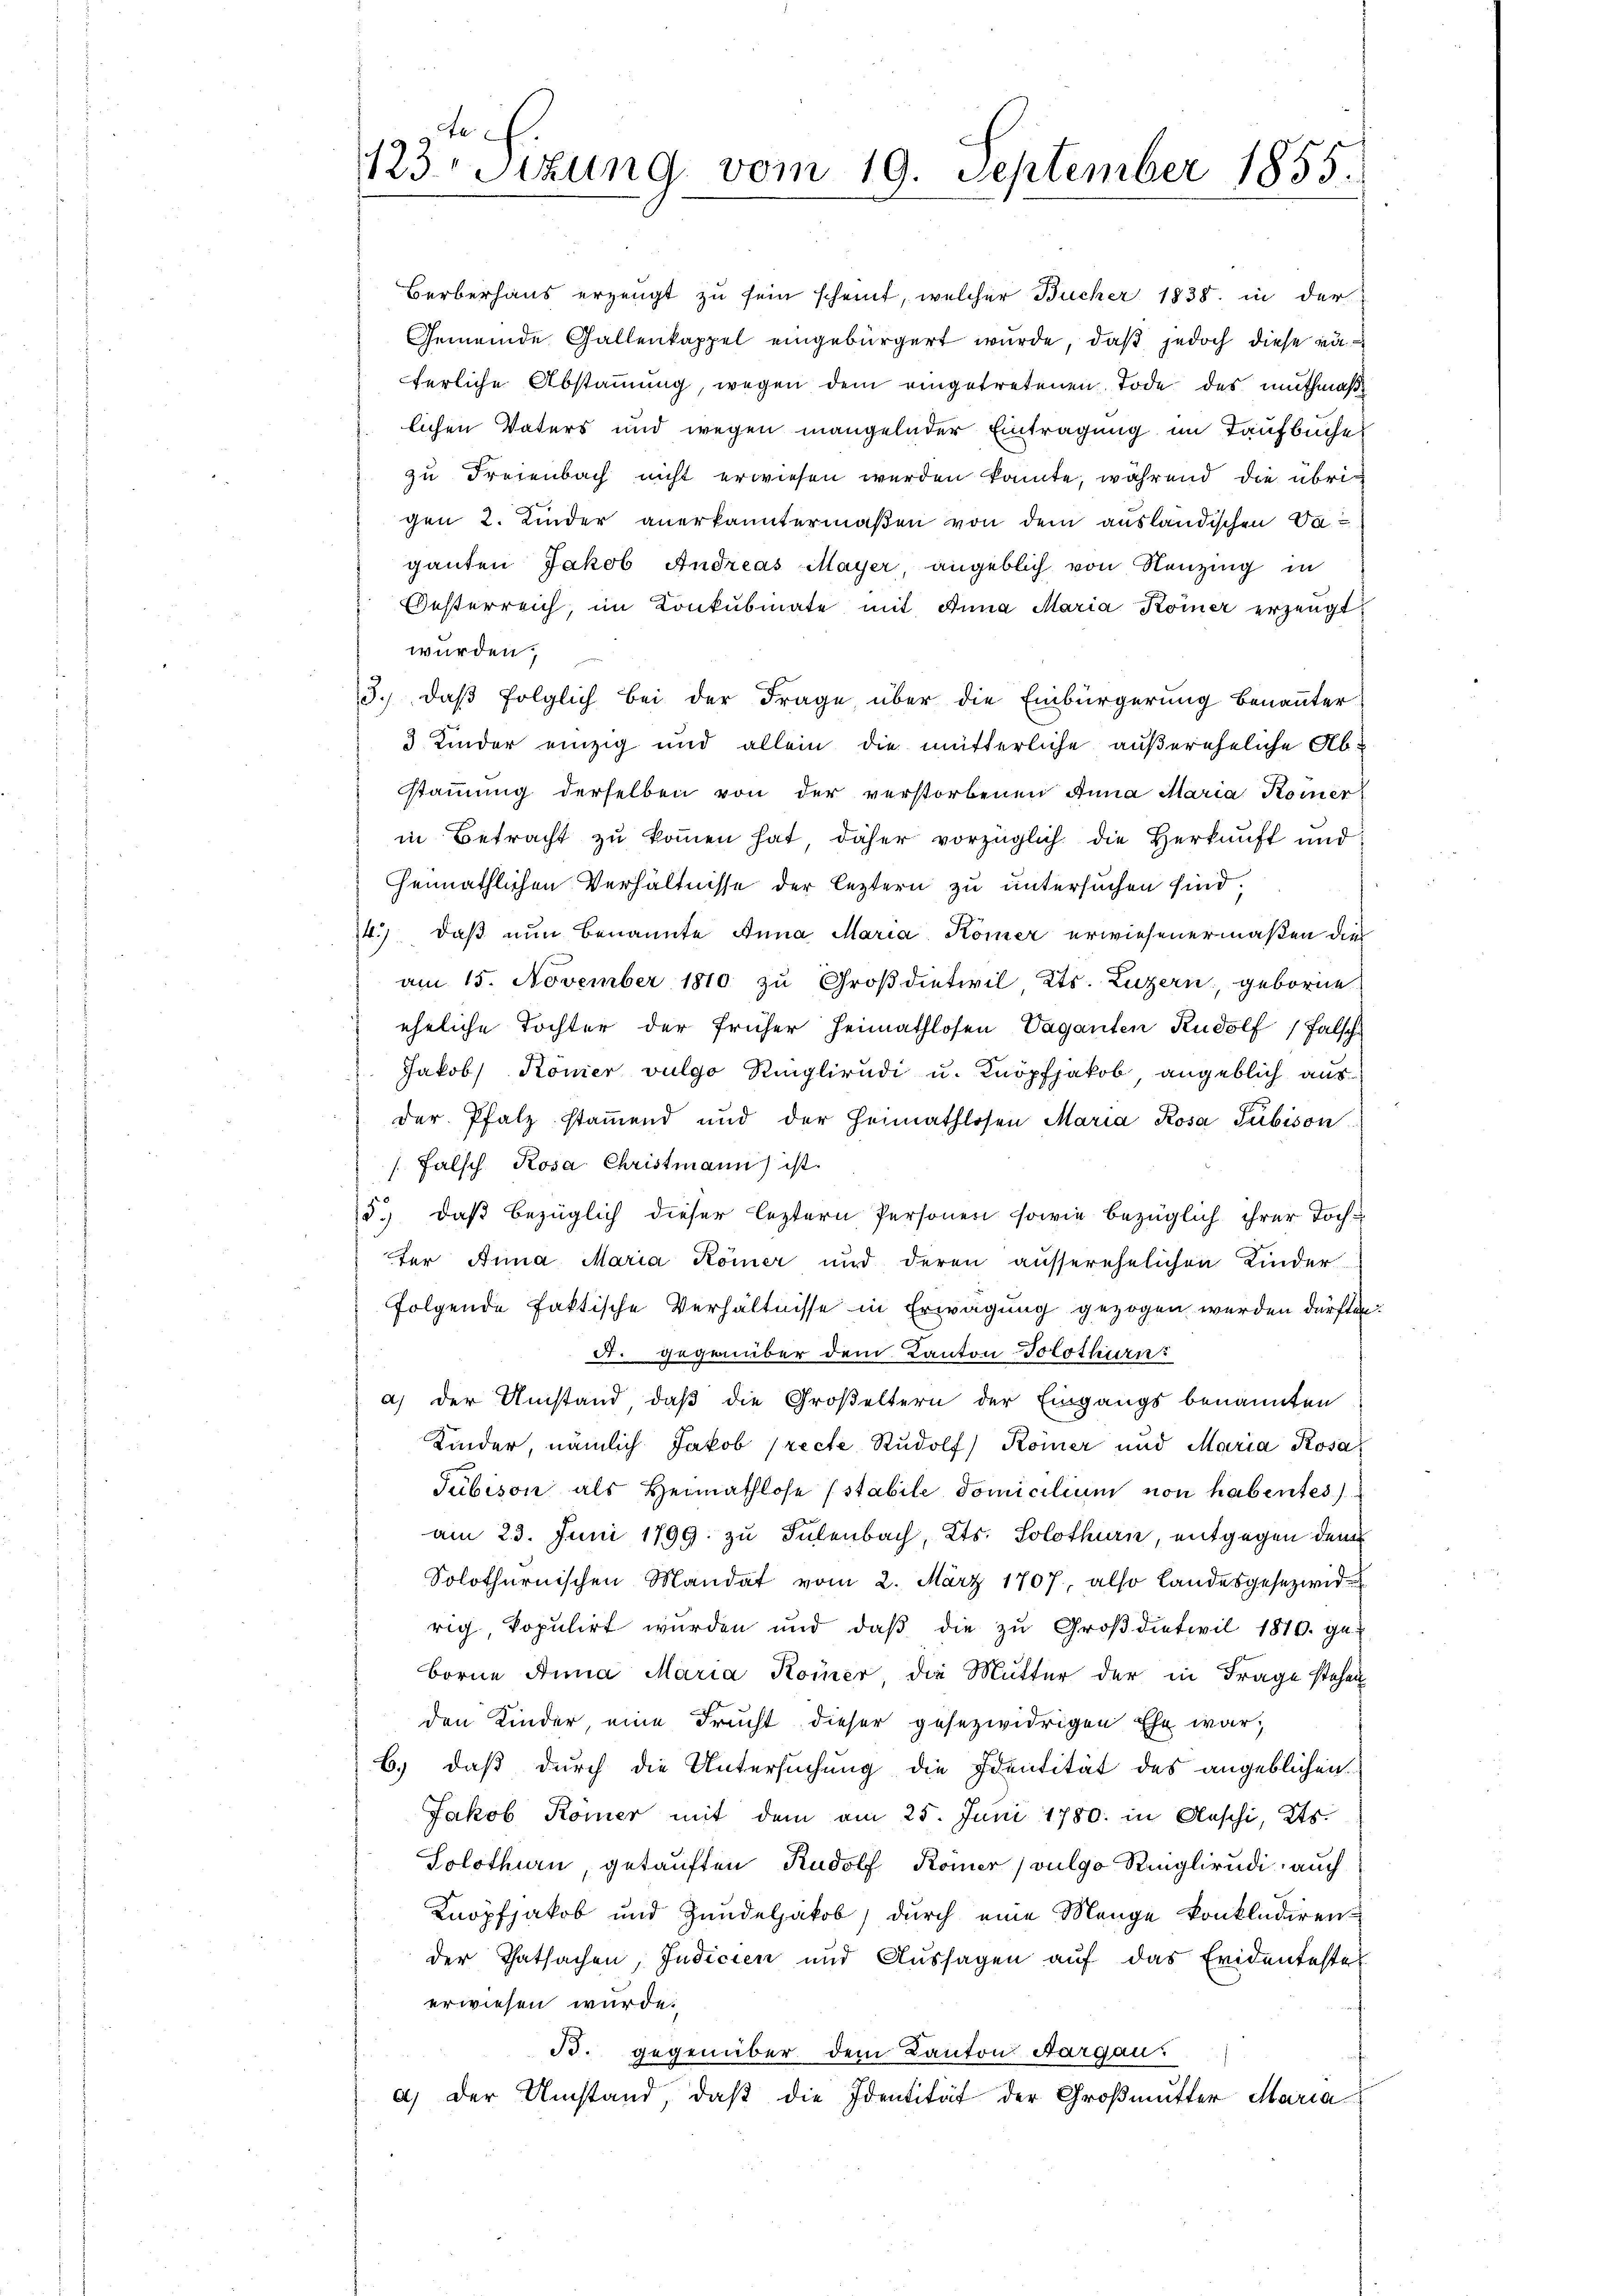
Berberhaus erzeugt zu sein scheint, welcher Bucher 1838. in der
Gemeinde Gallenkappel eingebürgert wurde, daß jedoch diese väferliche Abstammung, wegen dem eingetretenen Tode des muthmaßlichen Vaters und wegen mangelnder Eintragung im Taufbuche
zu Freienbach nicht erwiesen werden könnte, während die übrigen 2. Kinder anerkanntermaßen von dem ausländischen Vaganten Jakob Andreas Mayer angeblich von Neuzing in
Besterreich, im Konkubinate mit Anna Maria Koiner erzeugt
wurden;
3.) Daß folglich bei der Frage über die Einbürgerung benannter
3 Kinder einzig und allein die mütterliche außereheliche Abstammung derselben von der verstorbenen Anna Maria Komer
in Betracht zu kommen hat, daher vorzüglich die Herkunft und
heimathlichen Verhältnisse der leztern zu untersuchen sind.
4.) daß nun benannte Anna Maria Kömer erwiesenermaßen dies
am 15. November 1810 zu Großdietwil Kts. Luzern, geborne
eheliche Tochter der früher Heimathlosen Vaganten Rudolf / falsch
Jakob Komer vulgo Ringlirudi u. Knopfjakob, angeblich ausder Pfalz stamend und der Heimathlosen Maria Rosa Tubison
/Falsch Rosa Christmann ist.
5.) daß bezüglich dieser leztern Personen sowie bezüglich ihrer Tochter Anna Maria Kömer und deren ausserehelichen Kinder-
folgende faktische Verhältnisse in Erwägung gezogen werden dürften.
A. gegenüber dem Kanton Solothurn
a) der Umstand, daß die Großeltern der Eingangs benannten
Kinder, nämlich Jakob (recte Rudolf) Komer und Maria Rosa
Tubison als Heimathlose (stabile domicilium non habentes
am 23. Juni 1799. zu Sulenbach, Kts. Solothurn, entgegen den
Solothurnischen Mandat vom 2. März 1707, also landesgesezwid-
rig kopulirt wurden und daß die zu Großdietwil 1816. geborne Anna Maria Koiner die Mutter der in Frage stehen,
den Kinder, eine Frucht dieser gesezwidrigen Ehe war,
b.) daß durch die Untersuchung die Identität des angeblichen
Jakob Römer mit dem am 25. Juni 1780. in Aeschi, Kts.
Solothurn, getauften Rudolf Römer (vulgo Ringlirudi auch
Knopfjakob und Zundeljakob, durch eine Mange konkludiren.
der Thatsachen, Indicien und Aussagen auf das Eridenteste
erwiesen würde.
B. gegenüber dem Kanton Aargau.
a) Der Umstand, daß die Identität der Großmutter Maria

Se
123. Sitzung vom 19. September 1855.